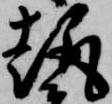
趣